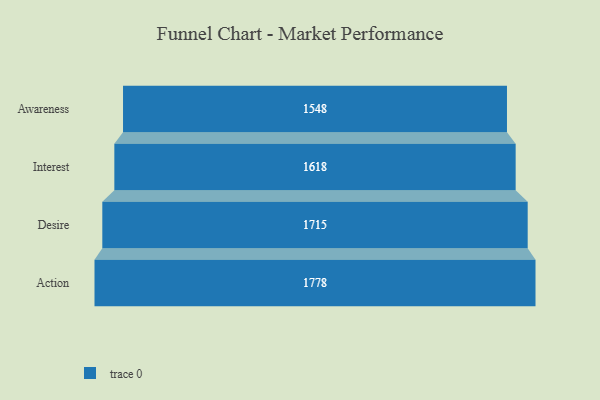
{"axis": {"x": "Stage", "y": "Value"}, "legend": [""], "data": [{"x": "Awareness", "y": 1548.0, "type": ""}, {"x": "Interest", "y": 1618.0, "type": ""}, {"x": "Desire", "y": 1715.0, "type": ""}, {"x": "Action", "y": 1778.0, "type": ""}]}